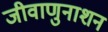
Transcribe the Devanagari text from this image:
जीवाणुनाशन